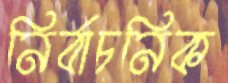
নির্বাচনিক